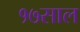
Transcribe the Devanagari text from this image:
१७साल